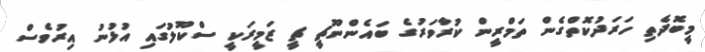
މީބޮދެތި ހަރަދުކޮތްގެން ތަމްރީން ކުރާވަރުގެ ބައެންނޫޗީ ޗީ ޒަމީރަކީ ސްކޫލުގައި އުޅުނު އިރުވެސް